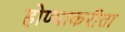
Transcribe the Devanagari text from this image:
होण्याकरीता